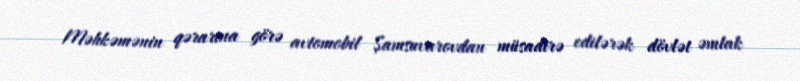
Məhkəmənin qərarına görə avtomobil Şamsuvarovdan müsadirə edilərək dövlət əmlak